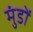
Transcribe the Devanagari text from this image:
मुंडों